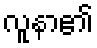
လူနာ၏